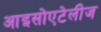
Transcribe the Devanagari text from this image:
आइसोएटेलीज